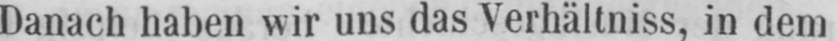
Danach haben wir uns das Verhältniss, in dem